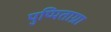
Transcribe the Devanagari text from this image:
पुप्पिताग्रा